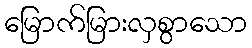
မြောက်မြားလှစွာသော